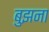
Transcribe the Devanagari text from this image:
बुझना